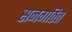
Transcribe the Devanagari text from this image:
सनगठित